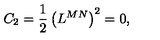
C _ { 2 } = \frac 1 2 \left( L ^ { M N } \right) ^ { 2 } = 0 ,